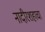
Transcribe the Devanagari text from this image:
नादीरशहाचा